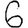
Digit: 6